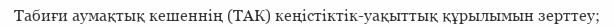
Табиғи аумақтық кешеннің (ТАК) кеңістіктік-уақыттық құрылымын зерттеу;